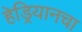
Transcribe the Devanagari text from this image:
हेड्रियानचा